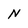
Character: N